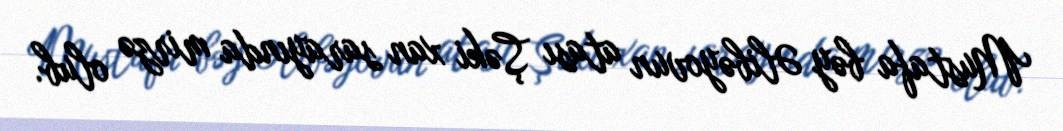
Mustafa bəy Əlibəyovun atası Şəki xan sarayında mirzə olub.